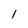
Character: l